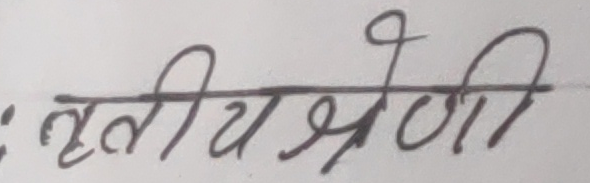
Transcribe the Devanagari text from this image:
तृतीय श्रेणी